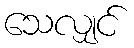
သေလျှင်